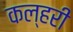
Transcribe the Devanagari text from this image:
कल्हरी